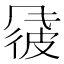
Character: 𫖽